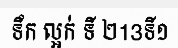
ទឹក ល្អក់ ទី ២13ទី១